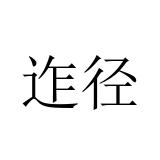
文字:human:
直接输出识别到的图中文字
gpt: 迮径